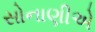
સોનાણીએ